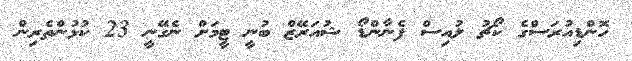
ހޮންޑިއުރަސްގެ ކޯޗު ލުއިސް ފެނާންޑޯ ޝުއަރޭޒް ބުނީ ޓީމަށް ނެގޭނީ 23 ކުޅުންތެރިން